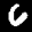
Label: 6